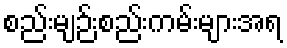
စည်းမျဉ်းစည်းကမ်းများအရ